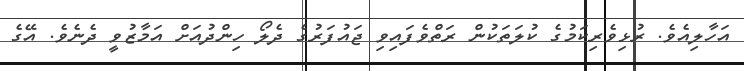
އަހާލިއެވެ. ރުޅިވެރިކަމުގެ ކުލަތަކުން ރަތްވެފައިވި ޖައުފަރުގެ ދެލޯ ހިންދުއަށް އަމާޒުވީ ދެނެވެ. އޭގެ